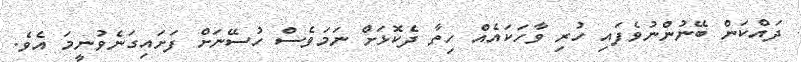
ދައްކަން ބޭނުންނުވެފައި ހުރި ވާހަކައެއް ހިތާ ދެކޮޅަށް ނަމަވެސް ހުސޭނަށް ފަށައިގަނެވުނީމަ އެވެ.